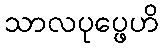
သာလပုပ္ဖေဟိ